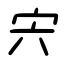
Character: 宍